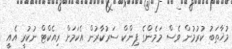
މުޚާތަބު ކުރުމުން ވެސް މަމެންގެ ޕިންކް ސަރުކާރުން އެކަމަށް ރިއެކްޓް ނުކުރީ އެއީ